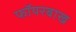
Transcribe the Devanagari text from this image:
फॉयरबाख